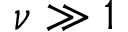
\nu \gg 1